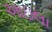
આઇલા